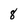
Character: 8